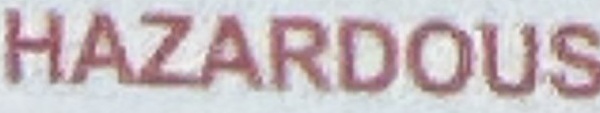
HAZARDOUS